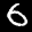
Label: 6